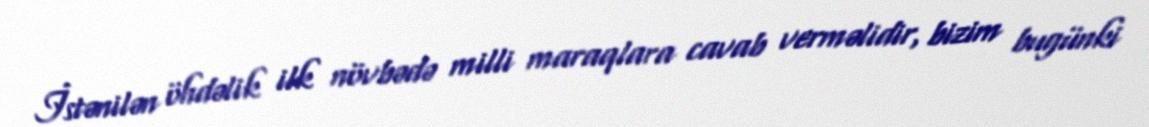
İstənilən öhdəlik ilk növbədə milli maraqlara cavab verməlidir, bizim bugünki